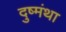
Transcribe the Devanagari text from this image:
दुष्मंथा